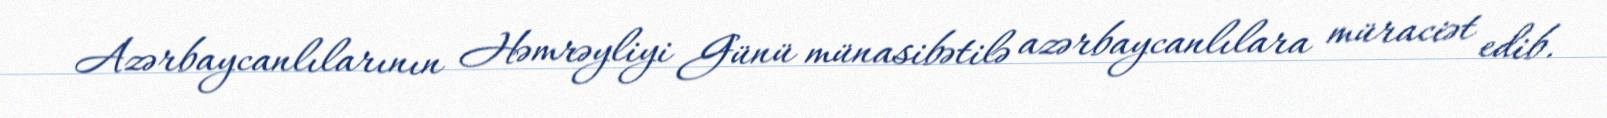
Azərbaycanlılarının Həmrəyliyi Günü münasibətilə azərbaycanlılara müraciət edib.